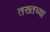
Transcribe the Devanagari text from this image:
तख्तच्या